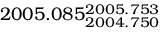
2 0 0 5 . 0 8 5 _ { 2 0 0 4 . 7 5 0 } ^ { 2 0 0 5 . 7 5 3 }